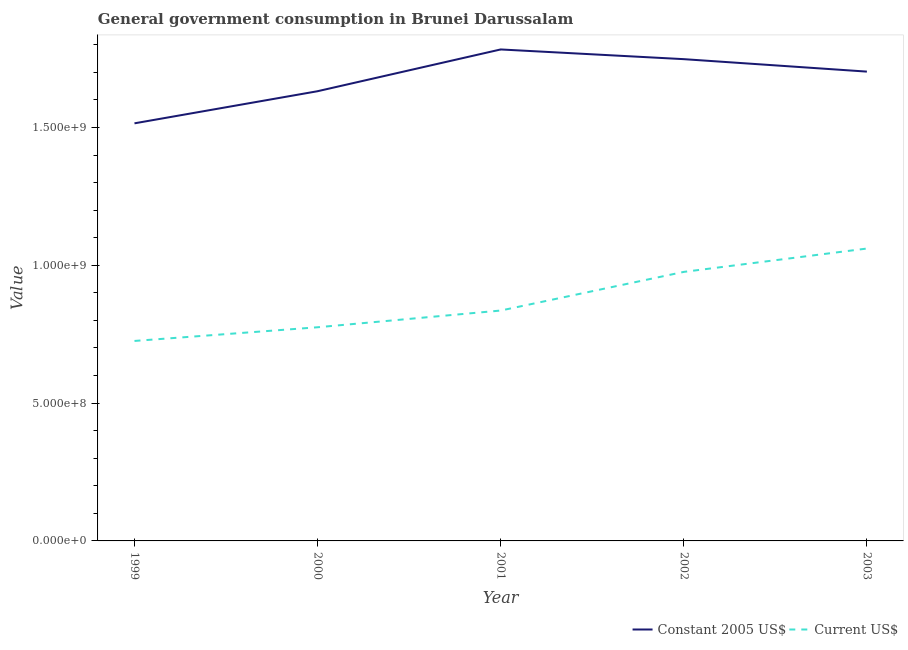
| Year | Constant 2005 US$ | Current US$ |
 | --- | --- | --- |
 | 1999 | 1.52e+09 | 7.26e+08 |
 | 2000 | 1.63e+09 | 7.75e+08 |
 | 2001 | 1.78e+09 | 8.36e+08 |
 | 2002 | 1.75e+09 | 9.76e+08 |
 | 2003 | 1.7e+09 | 1.06e+09 |